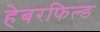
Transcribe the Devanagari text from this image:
हेबरफिल्ड